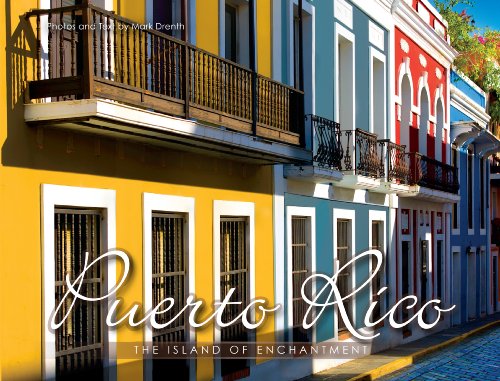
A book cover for Puerto Rico The Island of Enchantment (English Version); Mark Drenth; Travel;